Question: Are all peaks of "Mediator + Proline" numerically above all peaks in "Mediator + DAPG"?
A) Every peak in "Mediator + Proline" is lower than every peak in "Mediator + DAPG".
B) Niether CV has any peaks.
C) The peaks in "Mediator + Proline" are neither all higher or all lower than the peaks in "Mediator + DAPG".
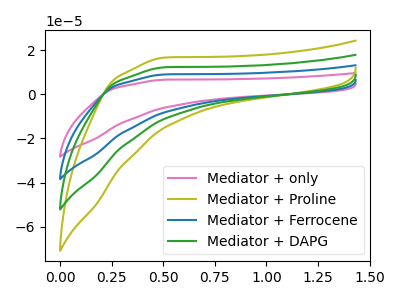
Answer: <think>The pink curve "Mediator + only" has no peaks. The olive curve "Mediator + Proline" has no peaks. The blue curve "Mediator + Ferrocene" has no peaks. The green curve "Mediator + DAPG" has no peaks.</think>
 <answer>B) Niether CV has any peaks.</answer>
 <eval>B</eval>